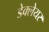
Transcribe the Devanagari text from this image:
डेक्लेयर